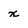
Character: x